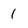
Character: 1